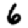
Digit: 6